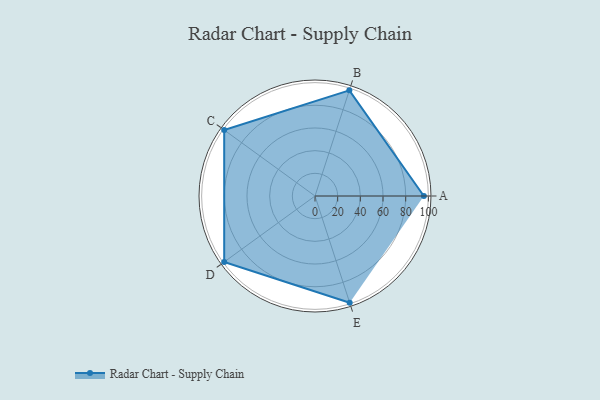
{"axis": {"x": "Skill", "y": "Score"}, "legend": ["Profile"], "data": [{"x": "A", "y": 96.0, "type": "Profile"}, {"x": "B", "y": 98.0, "type": "Profile"}, {"x": "C", "y": 99, "type": "Profile"}, {"x": "D", "y": 99, "type": "Profile"}, {"x": "E", "y": 99, "type": "Profile"}]}